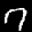
Label: 7